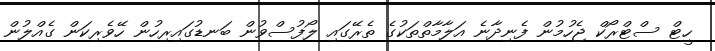
ހީޓް ސްޓްރޯކް ޖެހުމުން ފެނިދާނެ އަލާމާތްތަކުގެ ތެރޭގައި ލޯފުސްވުން ބަނޑުގައިރިހުން ހޭވެރިކަން ގެއްލުން